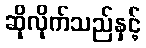
ဆိုလိုက်သည်နှင့်